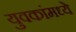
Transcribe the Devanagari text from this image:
युवकांमध्ये